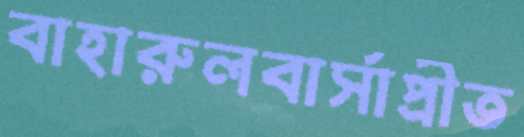
বাহারুলবার্সাপ্রীত